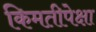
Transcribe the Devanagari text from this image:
किमतीपेक्षा